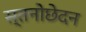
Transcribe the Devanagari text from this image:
स्तनोछेदन